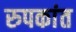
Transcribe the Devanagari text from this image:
रुपकांत